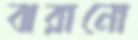
ঝরানো